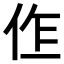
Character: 𠈨